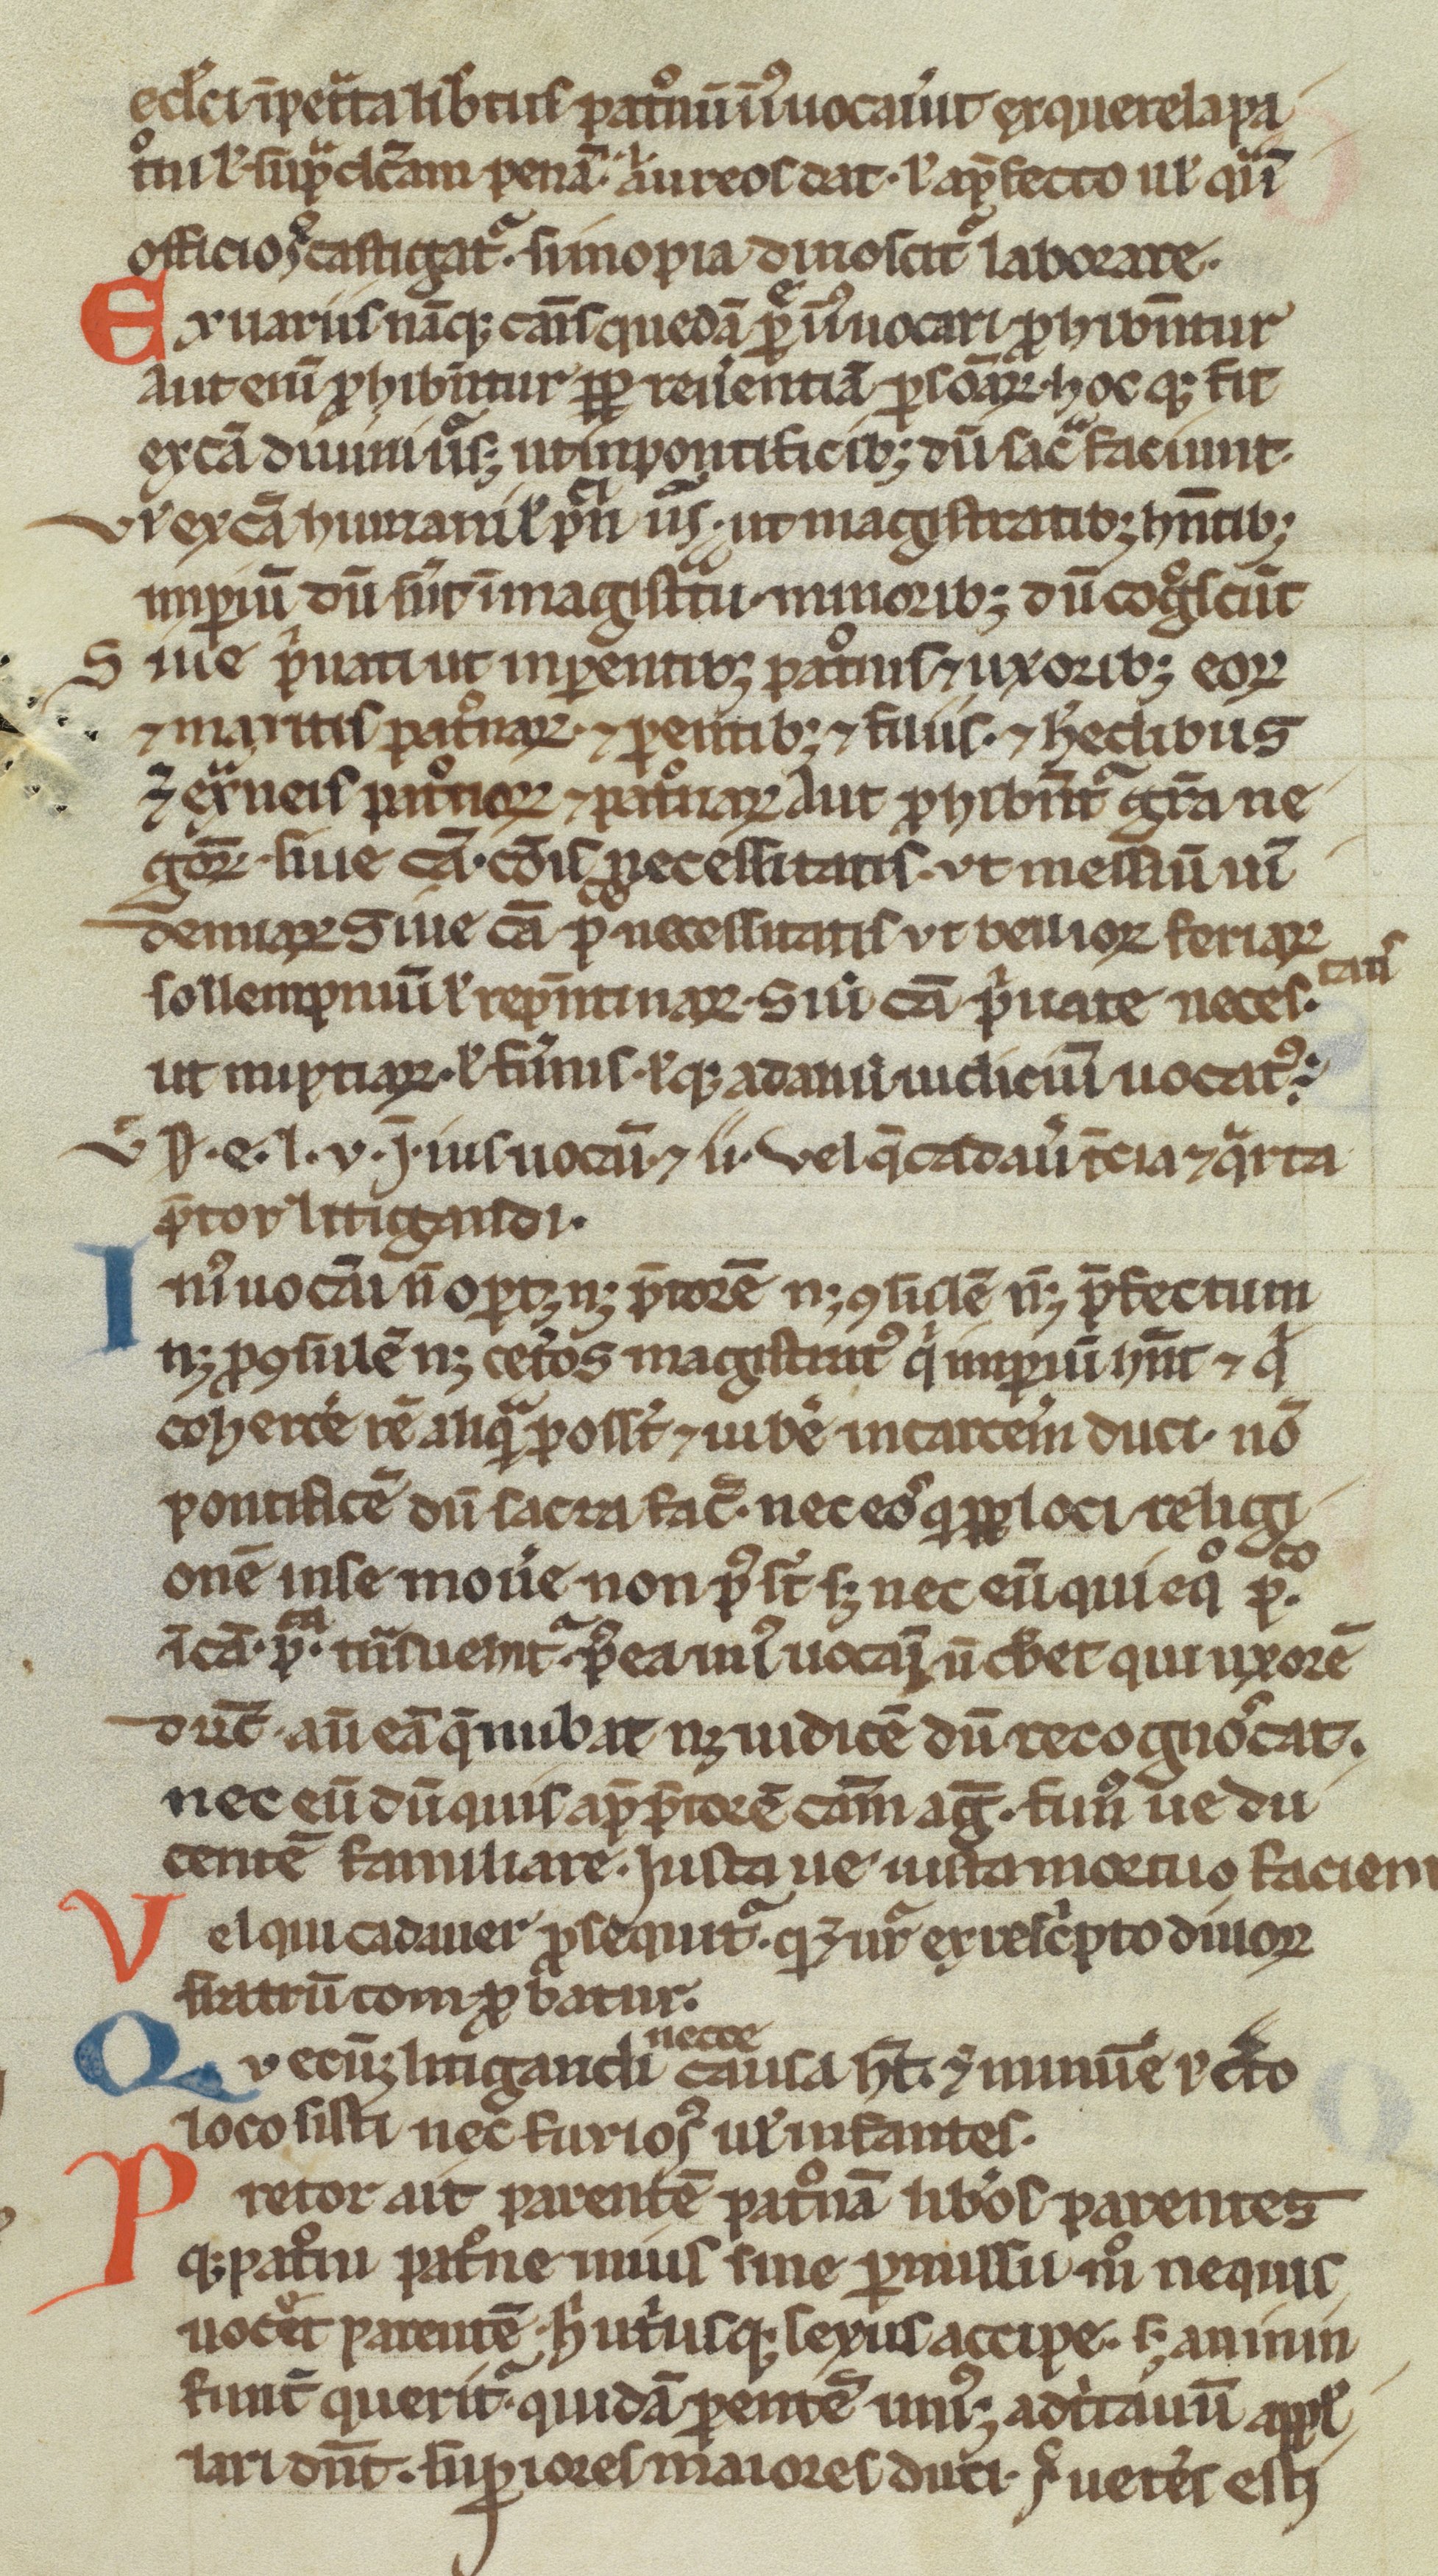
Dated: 1200–1299